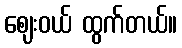
ဈေးဝယ် ထွက်တယ်။